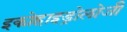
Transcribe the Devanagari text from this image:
इकोहाइड्रोलोजी